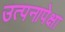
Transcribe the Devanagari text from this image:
उत्पनापेक्षा